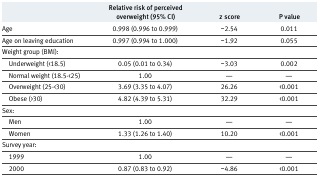
<table><thead><tr><td></td><td><b>Relative risk of perceived overweight (95% CI)</b></td><td><b>z score</b></td><td><b>P value</b></td></tr></thead><tbody><tr><td>Age</td><td>0.998 (0.996 to 0.999)</td><td>−2.54</td><td>0.011</td></tr><tr><td>Age on leaving education</td><td>0.997 (0.994 to 1.000)</td><td>−1.92</td><td>0.055</td></tr><tr><td colspan="4">Weight group (BMI):</td></tr><tr><td> Underweight (&lt;18.5)</td><td>0.05 (0.01 to 0.34)</td><td>−3.03</td><td>0.002</td></tr><tr><td> Normal weight (18.5-&lt;25)</td><td>1.00</td><td>—</td><td>—</td></tr><tr><td> Overweight (25-&lt;30)</td><td>3.69 (3.35 to 4.07)</td><td>26.26</td><td>&lt;0.001</td></tr><tr><td> Obese (&gt;30)</td><td>4.82 (4.39 to 5.31)</td><td>32.29</td><td>&lt;0.001</td></tr><tr><td colspan="4">Sex:</td></tr><tr><td> Men</td><td>1.00</td><td>—</td><td>—</td></tr><tr><td> Women</td><td>1.33 (1.26 to 1.40)</td><td>10.20</td><td>&lt;0.001</td></tr><tr><td colspan="4">Survey year:</td></tr><tr><td> 1999</td><td>1.00</td><td>—</td><td>—</td></tr><tr><td> 2000</td><td>0.87 (0.83 to 0.92)</td><td>−4.86</td><td>&lt;0.001</td></tr></tbody></table>